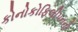
કોનોકોફિલીપનનો